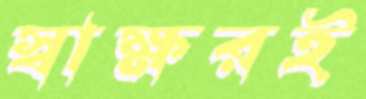
স্বাক্ষরই